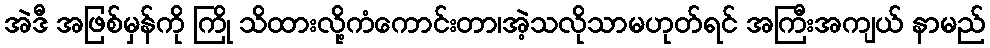
အဲဒီ အဖြစ်မှန်ကို ကြို သိထားလို့ကံကောင်းတာ၊အဲ့သလိုသာမဟုတ်ရင် အကြီးအကျယ် နာမည်